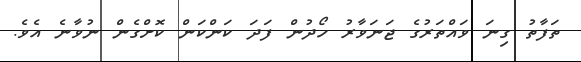
ތަފާތު ގިނަ ވައްތަރުގެ ޖަނަވާރު ހޯދުން ފަދަ ކަންކަން ކޮށްގެން ނުވާނެ އެވެ.